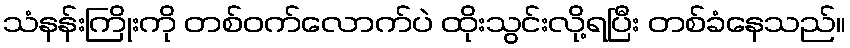
သံနန်းကြိုးကို တစ်ဝက်လောက်ပဲ ထိုးသွင်းလို့ရပြီး တစ်ခံနေသည်။